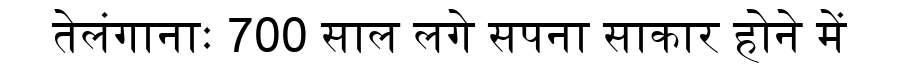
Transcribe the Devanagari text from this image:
तेलंगानाः 700 साल लगे सपना साकार होने में